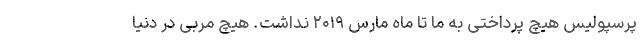
پرسپولیس هیچ پرداختی به ما تا ماه مارس ۲۰۱۹ نداشت. هیچ مربی در دنیا